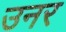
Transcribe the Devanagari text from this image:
उनर